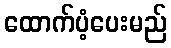
ထောက်ပံ့ပေးမည်